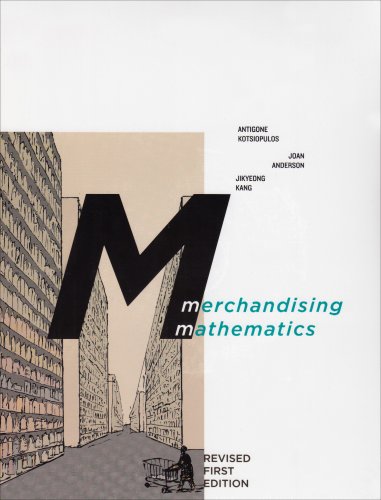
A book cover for Merchandising Mathematics Revised 1st Edition; Antigone Kotsiopulos; Business & Money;